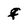
Character: f